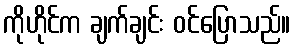
ကိုဟိုင်က ချက်ချင်း ဝင်ပြောသည်။